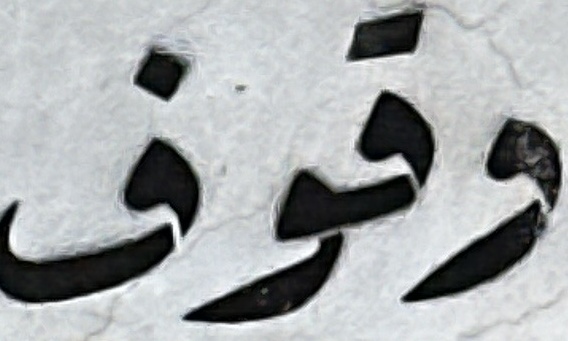
وقوف